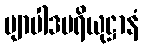
ဗျာပါဒပရိယုဋ္ဌာနံ